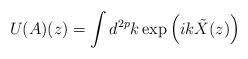
LaTeX: \begin{align*}U(A)(z)=\int d^{2p} k \exp \left(i k \tilde{X}(z)\right) \end{align*}